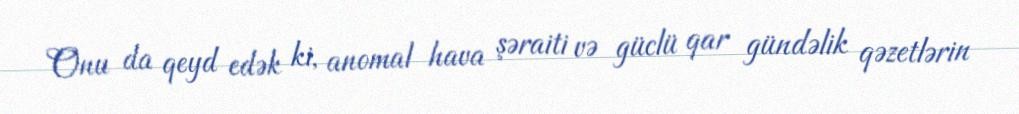
Onu da qeyd edək ki, anomal hava şəraiti və güclü qar gündəlik qəzetlərin